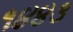
૧૪૪૩